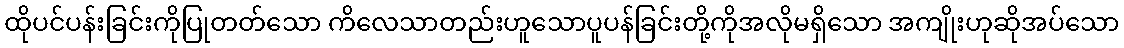
ထိုပင်ပန်းခြင်းကိုပြုတတ်သော ကိလေသာတည်းဟူသောပူပန်ခြင်းတို့ကိုအလိုမရှိသော အကျိုးဟုဆိုအပ်သော